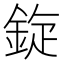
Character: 𫒡